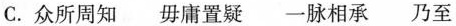
C. 众所周知 毋庸置疑 一脉相承 乃至